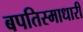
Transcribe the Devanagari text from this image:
बपतिस्माधारी